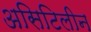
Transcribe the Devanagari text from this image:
असिटिलीन